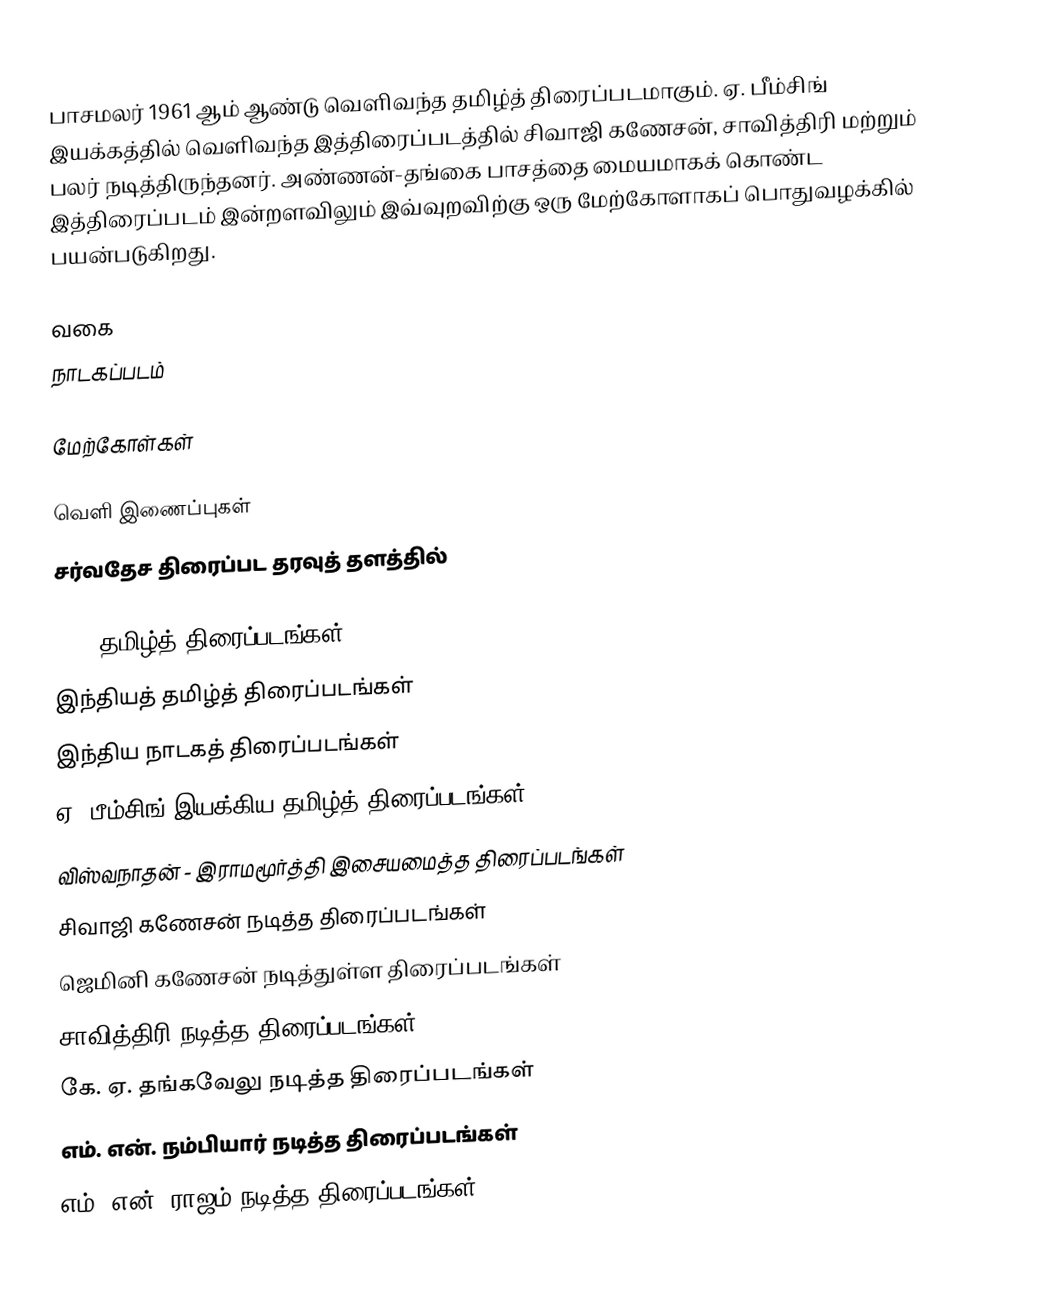
பாசமலர் 1961 ஆம் ஆண்டு வெளிவந்த தமிழ்த் திரைப்படமாகும். ஏ. பீம்சிங் இயக்கத்தில் வெளிவந்த இத்திரைப்படத்தில் சிவாஜி கணேசன், சாவித்திரி மற்றும் பலர் நடித்திருந்தனர். அண்ணன்-தங்கை பாசத்தை மையமாகக் கொண்ட இத்திரைப்படம் இன்றளவிலும் இவ்வுறவிற்கு ஒரு மேற்கோளாகப் பொதுவழக்கில் பயன்படுகிறது.

வகை
நாடகப்படம்

மேற்கோள்கள்

வெளி இணைப்புகள்
சர்வதேச திரைப்பட தரவுத் தளத்தில்

1961 தமிழ்த் திரைப்படங்கள்
இந்தியத் தமிழ்த் திரைப்படங்கள்
இந்திய நாடகத் திரைப்படங்கள்
ஏ. பீம்சிங் இயக்கிய தமிழ்த் திரைப்படங்கள்
விஸ்வநாதன் - இராமமூர்த்தி இசையமைத்த திரைப்படங்கள்
சிவாஜி கணேசன் நடித்த திரைப்படங்கள்
ஜெமினி கணேசன் நடித்துள்ள திரைப்படங்கள்
சாவித்திரி நடித்த திரைப்படங்கள்
கே. ஏ. தங்கவேலு நடித்த திரைப்படங்கள்
எம். என். நம்பியார் நடித்த திரைப்படங்கள்
எம். என். ராஜம் நடித்த திரைப்படங்கள்